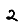
Digit: 2